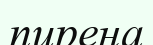
пирена